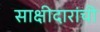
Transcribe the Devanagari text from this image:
साक्षीदारांची